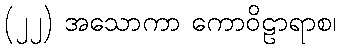
(၂၂) အသောကာ ကောဝိဠာရာစ၊